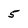
Character: 5